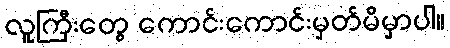
လူကြီးတွေ ကောင်းကောင်းမှတ်မိမှာပါ။